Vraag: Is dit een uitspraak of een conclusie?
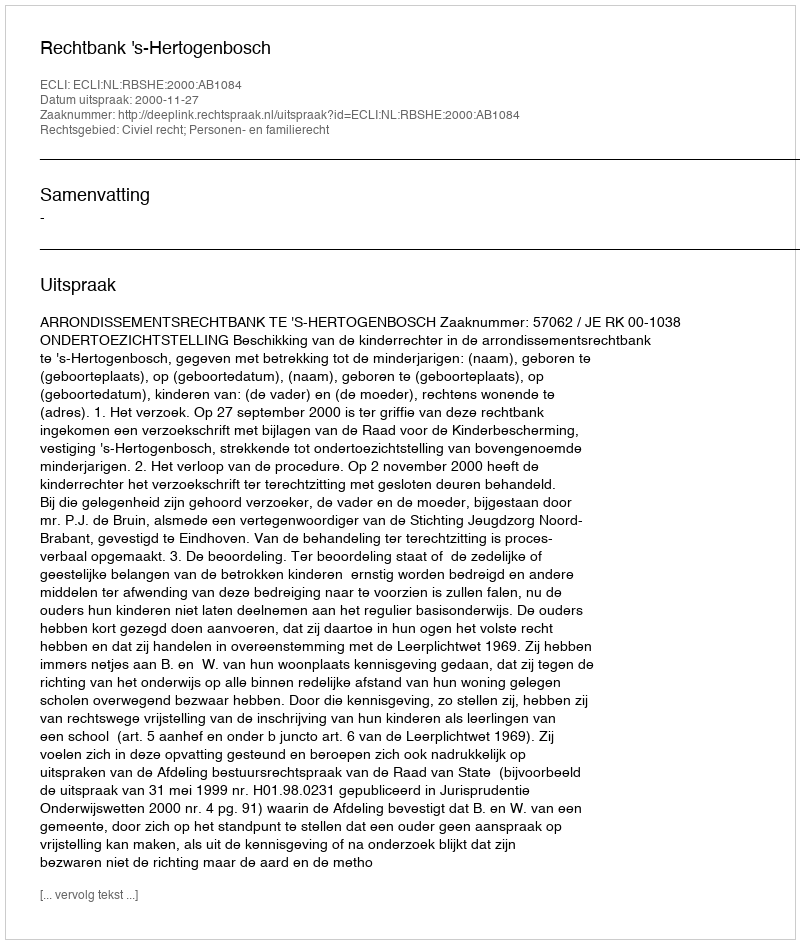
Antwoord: Uitspraak